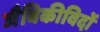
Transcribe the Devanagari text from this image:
जैविकीविदों